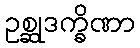
ဥစ္ဆုဒက္ခိဏာ